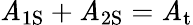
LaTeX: \mathit{A}_{\mathrm{{{1S}}}}+\mathit{A}_{\mathrm{{{2S}}}}=\mathit{A}_{\mathrm{{{t}}}}